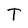
Character: T